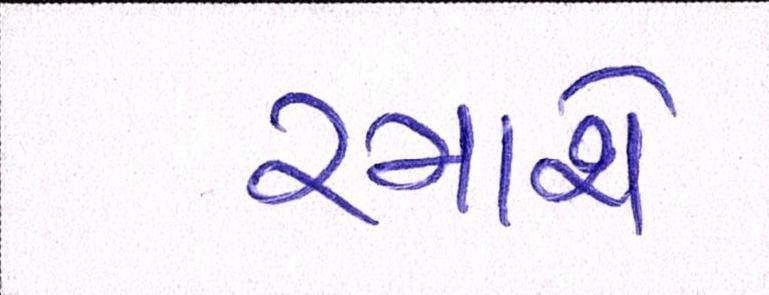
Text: રમાશે